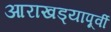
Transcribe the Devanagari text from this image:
आराखड्यापूर्वी